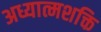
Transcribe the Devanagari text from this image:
अध्यात्मशक्ति